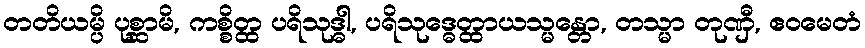
တတိယမ္ပိ ပုစ္ဆာမိ, ကစ္စိတ္ထ ပရိသုဒ္ဓါ, ပရိသုဒ္ဓေတ္ထာယသ္မန္တော, တသ္မာ တုဏှီ, ဧဝမေတံ